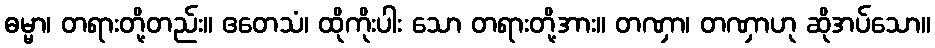
ဓမ္မာ၊ တရားတို့တည်း။ ဧတေသံ၊ ထိုကိုးပါး သော တရားတို့အား။ တဏှာ၊ တဏှာဟု ဆိုအပ်သော။